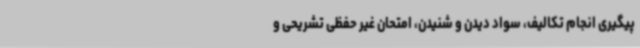
پیگیری انجام تکالیف، سواد دیدن و شنیدن، امتحان غیر حفظی تشریحی و